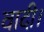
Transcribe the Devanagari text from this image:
वादी।